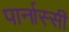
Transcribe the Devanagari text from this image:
पार्नास्सी